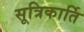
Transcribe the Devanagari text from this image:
सूत्रिकार्ति